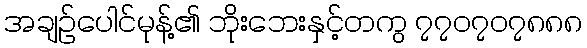
အချဉ်ပေါင်မုန့်၏ ဘိုးဘေးနှင့်တကွ ၇၇၀၇၀၇၈၈၈